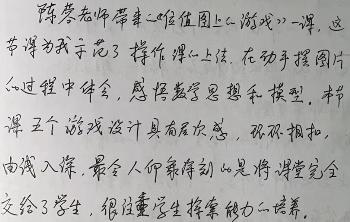
陈蓉老师带来《二维位图上的游戏》一课，这节课为我示范了操作课上法。在动手摆图片的过程中体会，感悟数学思想和模型。本节课五个游戏设计具有层次感，环环相扣，由浅入深。最令人印象深刻的是将课堂完全交给了学生，很注重学生探索能力的培养。